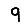
Digit: 9